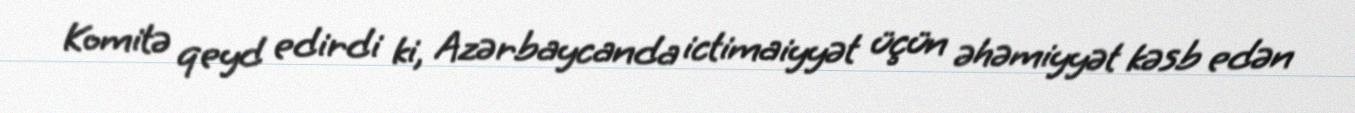
Komitə qeyd edirdi ki, Azərbaycanda ictimaiyyət üçün əhəmiyyət kəsb edən